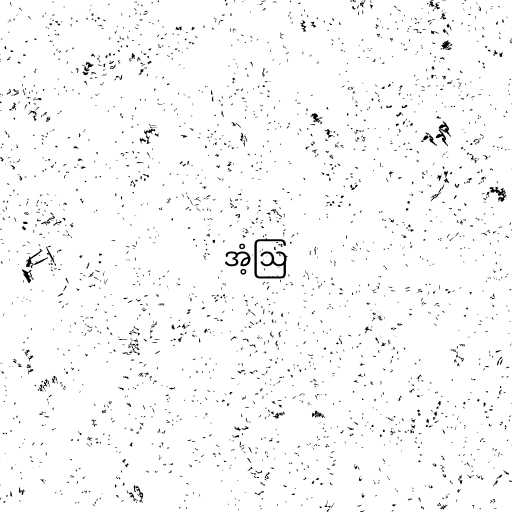
အံ့ဩ